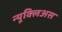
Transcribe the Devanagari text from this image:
न्यूक्लिअस